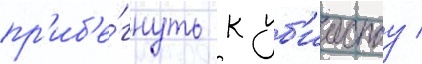
пр'иб'е́гнуть к уб'ииству /